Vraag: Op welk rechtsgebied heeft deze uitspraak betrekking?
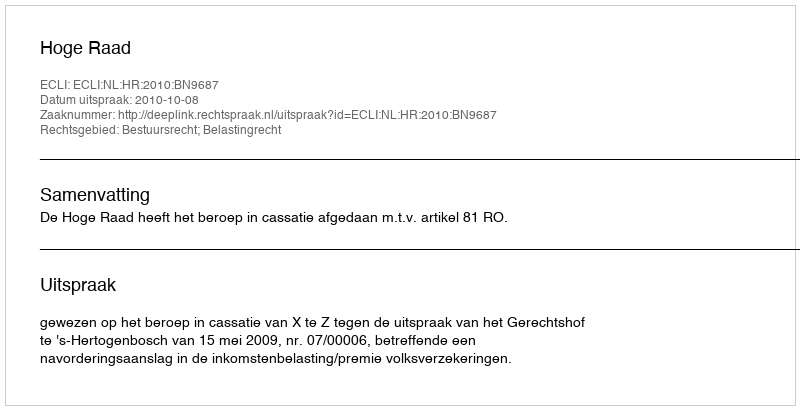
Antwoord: Bestuursrecht; Belastingrecht